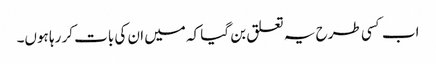
اب کسی طرح یہ تعلق بن گیا کہ میں ان کی بات کر رہا ہوں۔